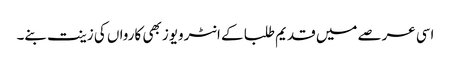
اسی عرصے میں قدیم طلبا کے انٹرویوز بھی کارواں کی زینت بنے۔